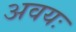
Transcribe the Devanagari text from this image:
अवयः